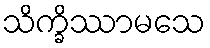
သိက္ခိဿာမသေ